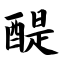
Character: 醍